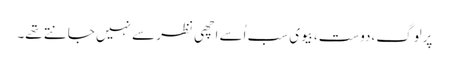
پرلوگ،دوست،بیوی سب اُسے اچھی نظر سے نہیں جانتے تھے۔